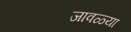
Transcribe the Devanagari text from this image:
जावळ्या